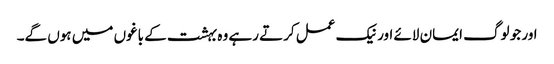
اور جو لوگ ایمان لائے اور نیک عمل کرتے رہے وہ بہشت کے باغوں میں ہوں گے۔